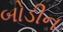
બોડીન